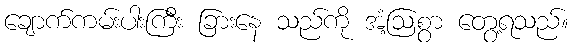
ချောက်ကမ်းပါးကြီး ခြားနေ သည်ကို အံ့ဩစွာ တွေ့ရသည်။